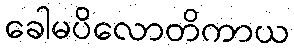
ခေါမပိလောတိကာယ